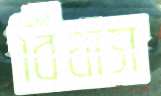
বিঁধাস